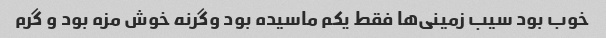
خوب بود سیب زمینی‌ها فقط یکم ماسیده بود وگرنه خوش مزه بود و گرم